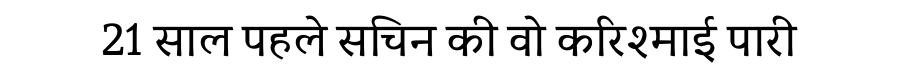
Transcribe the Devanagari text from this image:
21 साल पहले सचिन की वो करिश्माई पारी